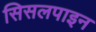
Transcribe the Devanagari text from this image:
सिसलपाइन